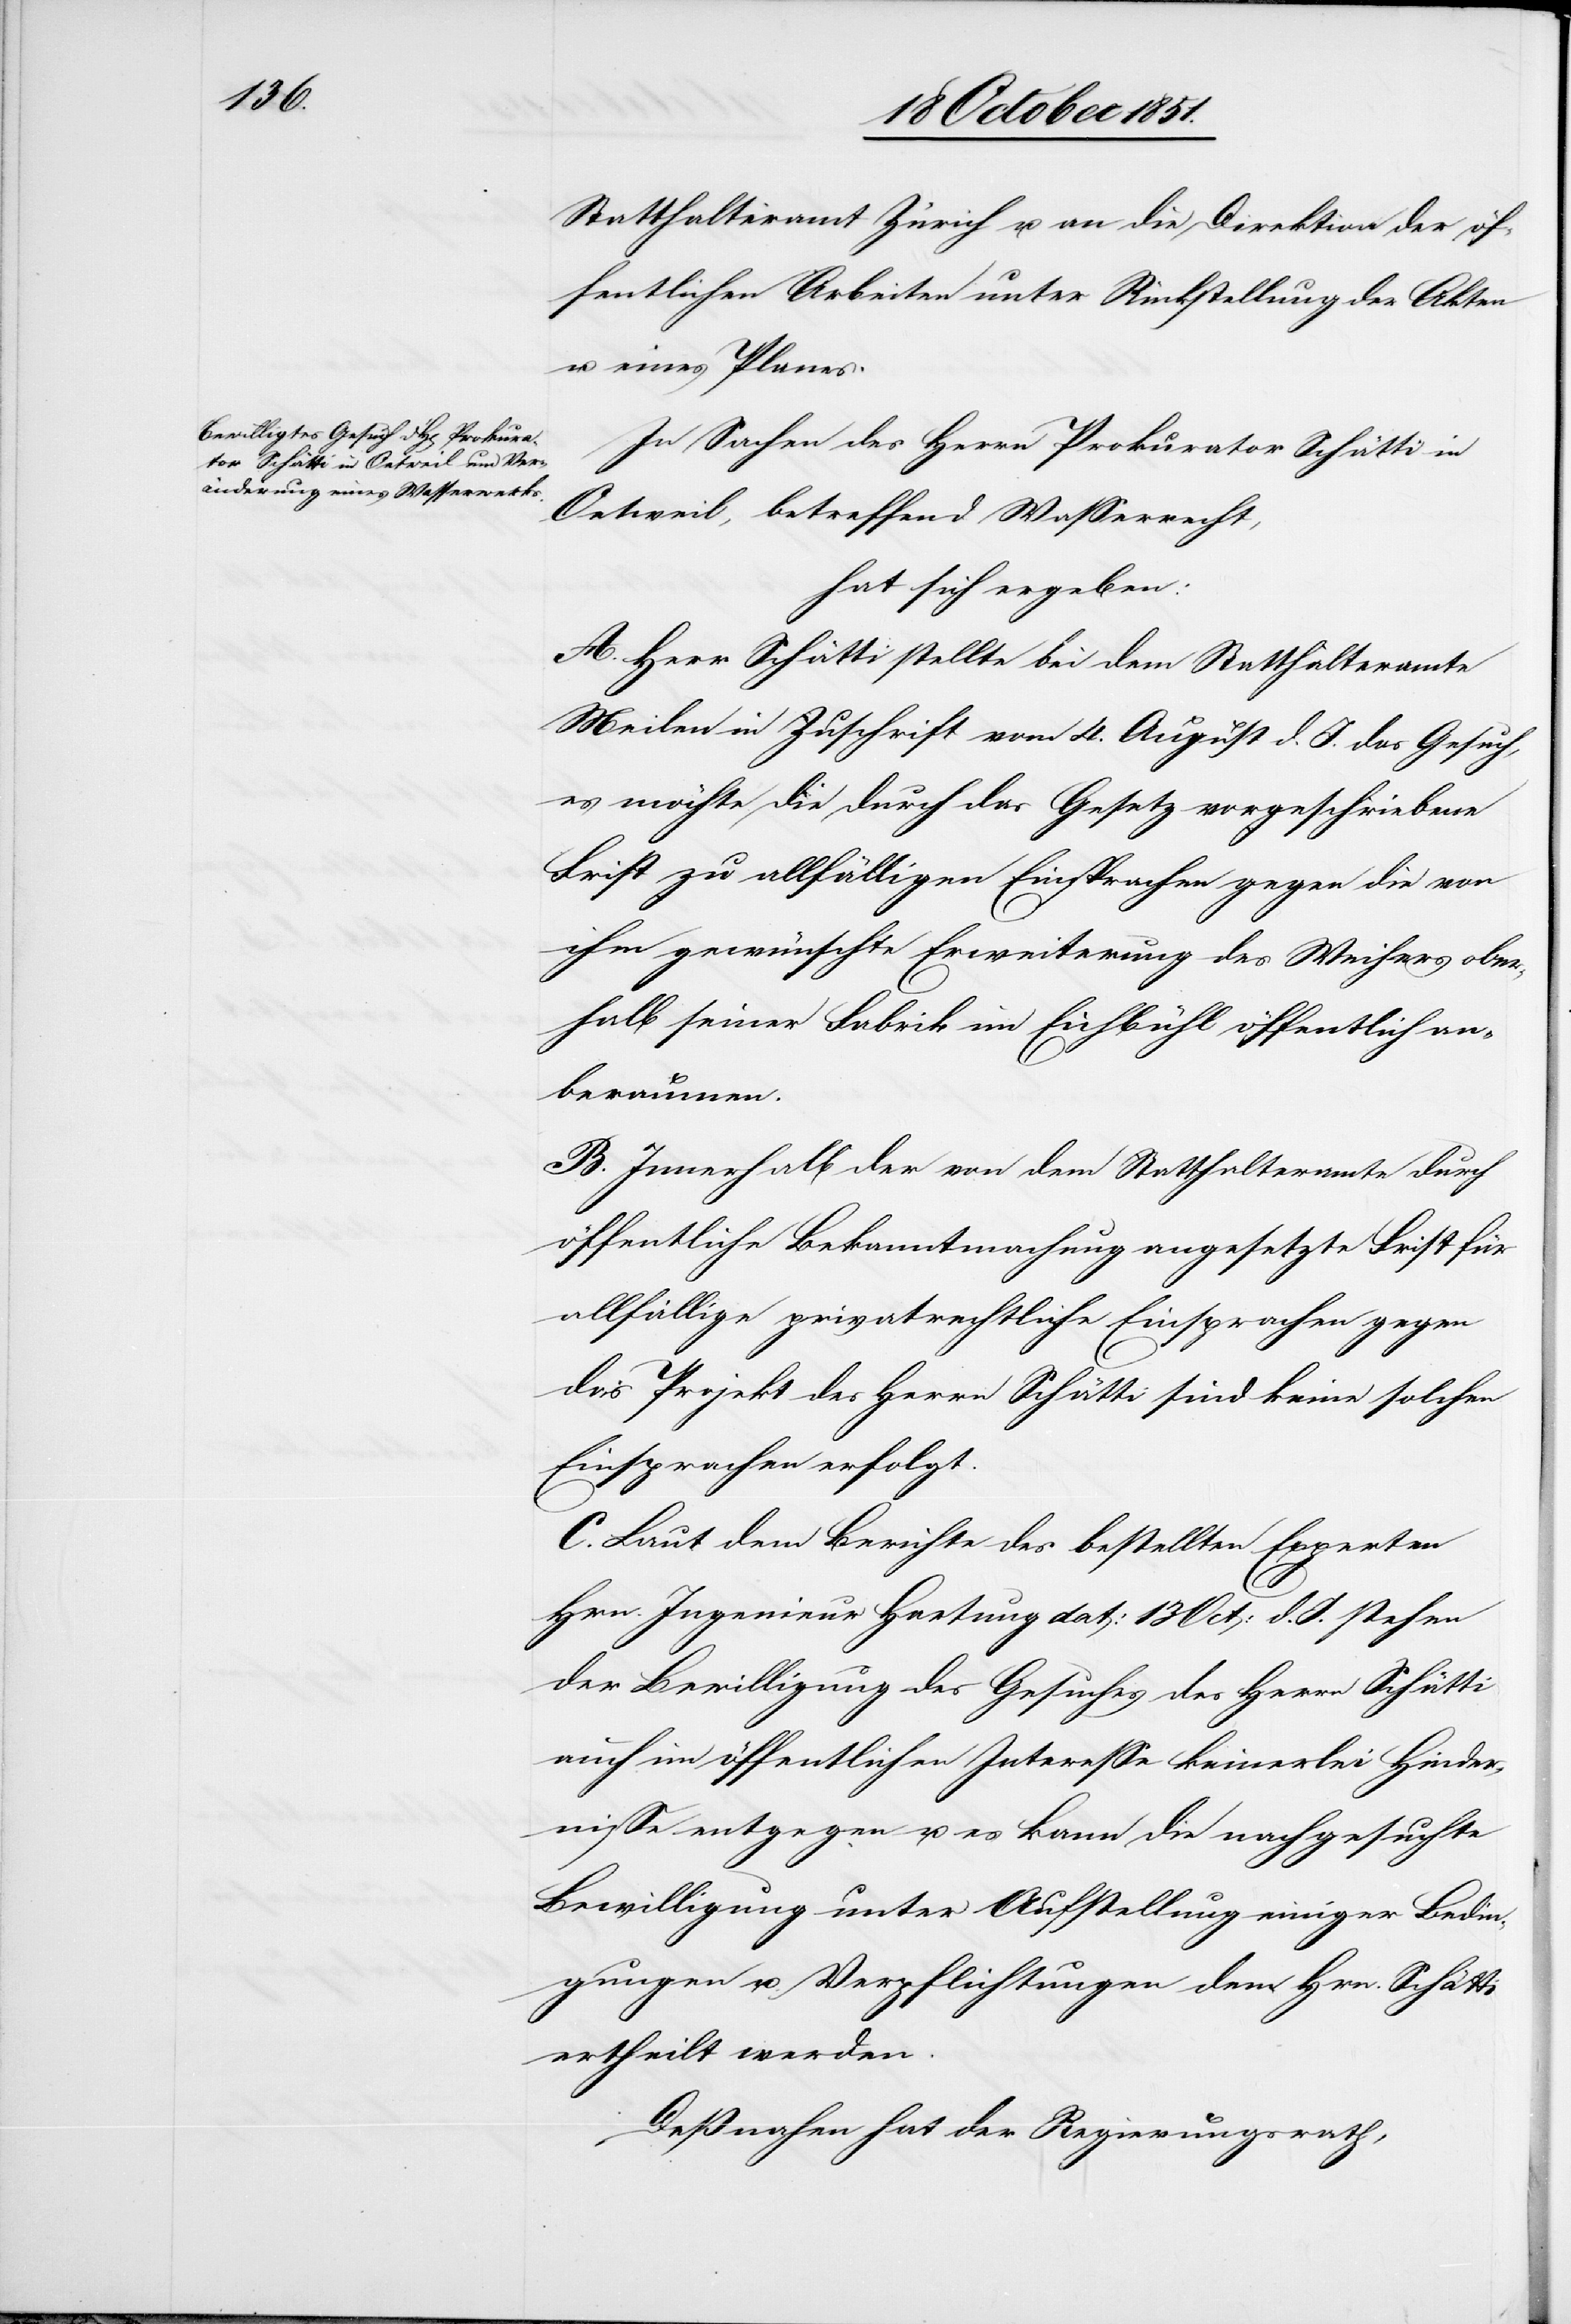
Statthalteramt Zürich u. an die Direktion der öf¬
fentlichen Arbeiten unter Rückstellung der Akten
u. eines Planes.
In Sachen des Herrn Prokurator Schätti in
Oetweil, betreffend Wasserrecht,
hat sich ergeben:
A. Herr Schätti stellte bei dem Statthalteramte
Meilen in Zuschrift vom 4. August d. J. das Gesuch,
es möchte die durch das Gesetz vorgeschriebene
Frist zu allfälligen Einsprachen gegen die von
ihm gewünschte Erweiterung des Weihers ober¬
halb seiner Fabrik im Eichbühl öffentlich an¬
beraumen.
B. Innerhalb der von dem Statthalteramte durch
öffentliche Bekanntmachung angesetzte[n] Frist für
allfällige privatrechtliche Einsprachen gegen
das Projekt des Herrn Schätti sind keine solchen
Einsprachen erfolgt.
C. Laut dem Berichte des bestellten Experten
Hrn. Ingenieur Hartung dat: 13 Oct: d. J. stehen
der Bewilligung des Gesuches des Herrn Schätti
auch im öffentlichen Interesse keinerlei Hinder¬
nisse entgegen u. es kann die nachgesuchte
Bewilligung unter Aufstellung einiger Bedin¬
gungen u. Verpflichtungen dem Hrn. Schätti
ertheilt werden.
Deßnahen hat der Regierungsrath,